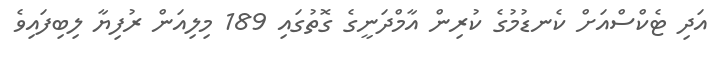
އަދި ޓެކްސްއަށް ކެނޑުމުގެ ކުރިން އާމްދަނީގެ ގޮތުގައި 189 މިލިއަން ރުފިޔާ ލިބިފައިވެ